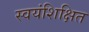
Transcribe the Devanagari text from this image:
स्वयंशिक्षित